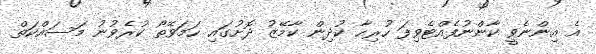
އެ އިންނެވީ ކާންނުފެއްޓެވިފަ ހުރިހާ ކުދިން ކާމޭޒު ދޮށުގައި ހަމަވޭތޯ ކުރެވުނު މަސައްކަތް